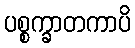
ပစ္စက္ခာတကာပိ